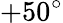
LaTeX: +50^{\circ}